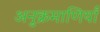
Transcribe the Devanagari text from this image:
अनुक्रमाणियाँ